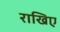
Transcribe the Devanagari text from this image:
राखिए